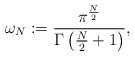
LaTeX: \begin{align*}\omega_{N}:= \frac{\pi^{\frac{N}{2}}}{\Gamma\left( \frac{N}{2}+1 \right)},\end{align*}